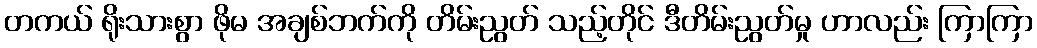
တကယ် ရိုးသားစွာ ဖိုမ အချစ်ဘက်ကို တိမ်းညွတ် သည့်တိုင် ဒီတိမ်းညွတ်မှု ဟာလည်း ကြာကြာ